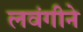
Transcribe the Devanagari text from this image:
लवंगीने